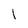
Character: l